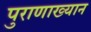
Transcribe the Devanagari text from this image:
पुराणाख्यान